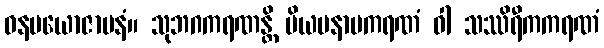
ဓနပယောဇာပနံ။ သုဘဂကရဏန္တိ ပိယမနာပကရဏံ ဝါ သဿိရီကကရဏံ